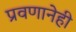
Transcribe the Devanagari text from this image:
प्रवणानेही